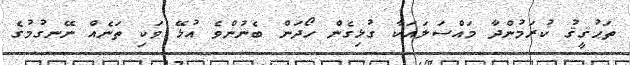
ތަޙުޤީޤު ކުރަމުންދާ މައްސަލައަކާ ގުޅިގެން ހޯދަން ބެނުންވެ އުޅޭ ވަކި ތަނެއް ނޭނގުމުގެ